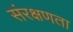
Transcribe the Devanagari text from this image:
संरक्षणता